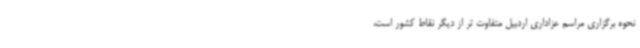
نحوه برگزاری مراسم عزاداری اردبیل متفاوت تر از دیگر نقاط کشور است،